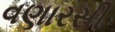
વણારસી